King Institute of Preventive Medicine Bacteriolog. Section reports 1907-08
Year: 1907
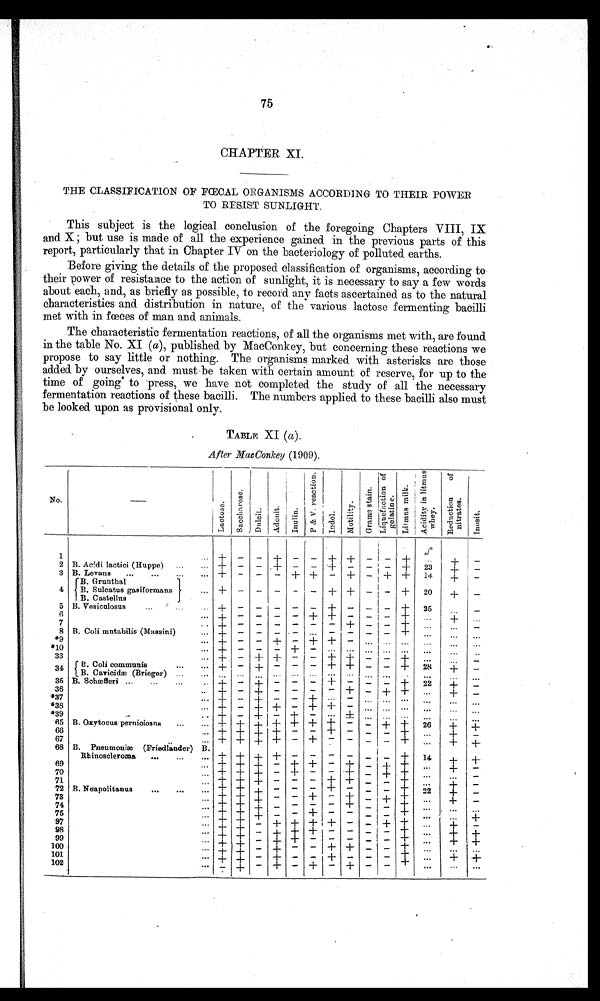
75
CHAPTER XI.
THE CLASSIFICATION OF FŒCAL ORGANISMS ACCORDING TO THEIR POWER
TO RESIST SUNLIGHT.
This subject is the logical conclusion of the foregoing Chapters VIII, IX
and X ; but use is made of all the experience gained in the previous parts of this
report, particularly that in Chapter IV on the bacteriology of polluted earths.
Before giving the details of the proposed classification of organisms, according to
their power of resistance to the action of sunlight, it is necessary to say a few words
about each, and, as briefly as possible, to record any facts ascertained as to the natural
characteristics and distribution in nature, of the various lactose fermenting bacilli
met with in fœces of man and animals.
The characteristic fermentation reactions, of all the organisms met with, are found
in the table No. XI (a), published by MacConkey, but concerning these reactions we
propose to say little or nothing. The organisms marked with asterisks are those
added by ourselves, and must be taken with certain amount of reserve, for up to the
time of going to press, we have not completed the study of all the necessary
fermentation reactions of these bacilli. The numbers applied to these bacilli also must
be looked upon as provisional only.
TABLE XI (a).
After MacConkey (1909).
0
ti
c
f
o
on
s
u
, E
t
k
f
0
No.
se
o
e s
Ft lci o n i
li
a
r
v V
o
i
ta
ty
li
tic
t
c
a
f
e
u
s
o ti at
.
t
si
a
a u
l
S
d
d
ci
Li
A
e
d n i
R
no
I
%
1
+ -
- + -
- + ± - I -
+
+
-
2 B. Acidi lactici (Huppe)
...
... + - - . + - - + - - ' - +
23
+
-
3
4
5
B. Levans
...
...
B. Grunthal
B. Sulcatus gasiformans
B . C a s t e l l u s
B
B. Vesiculosus
•
...
...
•
••
+ - -
4- - -
+ -
-
-
-
+
-
-
-I-
-
-
-
+
- +
I
-1- - -
I
- - -
-I-
14
+
20
+
25
+
+
-
-
6
••• -1- - - - -
+ + - - I - +
.
...
7
.
± - - - - - - + - 1 - 1
•••
•••
-
8 B. Coli mutabilis (Massini)
•••
.••
•••
*9
••• -1-
+ + - ••• I - -
-
...
...
*10
33
-1- - + + - - + -I- - I - +
...
...
-
34 f B. Coli communis
...
'••
1 B. Cavicidze (Brieger) " '
'"
+ - +
"'
-
•• '
- -
•-•
+
•••
+ -
••• •••
I -
••• +
28
•
•••
+
...
-
...
35 B. Schwfferi ...
...
...
-I- - + - - - ± - - - +
22
+
-
36
+ - -1-- - - - - + - -1- ±
...
+
-
*37
- • + - -1- - - + - - -
•••
...
...
,..
*38
••• + - -1- + - + + -
*3 9
..
T - + - + -
+ -
•••
-
••
• •
- .-
65
66 66
B. Ox ytocus pernioiosns
...
...
+ +
-1- -1- -I-
+
+
+
- - --t-
+
-
— —
+
—
+
26
+
...
+
-
67
..
... -1- ± + + - + 7 — — — +
...
+
+
68 B. Pneumonim (Friedlander) B.
Rhinoscleroma
...
...
... + -1- + + - - - - +
14
+
+
69
- ± + ± - T + -
- + +
70
... +
T
+ -1- -
-
-
-
±
-
-
+
-
+
+
...
...
-
72 B. Neapolitanus
...
...
:::
+ + - - - + - _ _ +
+
22
-I-
_
73
74
... ... T. t ± - - +
t - - ± _ + ..-
-
±
•••
-
75
... + + +.
-
- - - - +
..•
...
1
97
98
99
...
...
+
t -/-
+
:
+
t
+
T
±
--h
±
-
- -
- _ ± _ + + ...
•••
+
+
+
+
100
- + -i- - + - - 4- ± - ±
-
-
-
101
- +
-
+
+ - - ± - - -1-
..-
+
+
102
... - + - + - + - -1- - -
•••
•••
•••
•